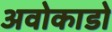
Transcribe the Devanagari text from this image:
अवोकाडो